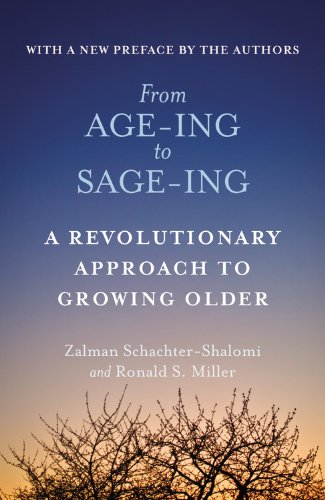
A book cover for From Age-Ing to Sage-Ing: A Revolutionary Approach to Growing Older; Zalman Schachter-Shalomi; Health, Fitness & Dieting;